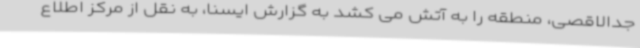
جدالاقصی، منطقه را به آتش می کشد به گزارش ایسنا، به نقل از مرکز اطلاع